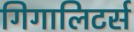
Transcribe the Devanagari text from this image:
गिगालिटर्स